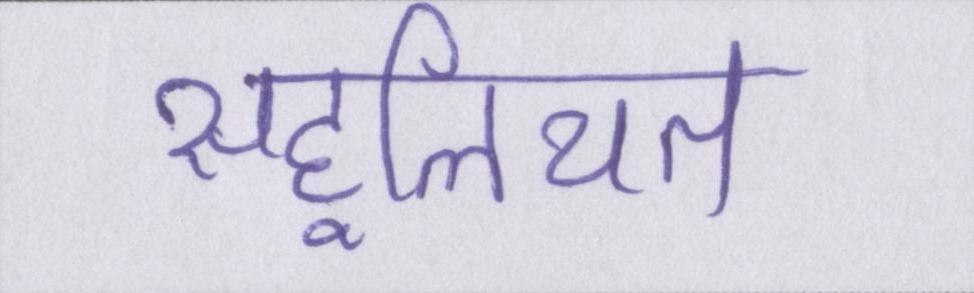
सहूलियत